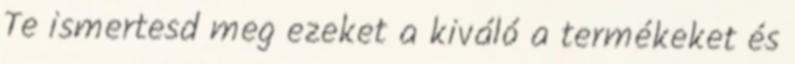
Te ismertesd meg ezeket a kiváló a termékeket és